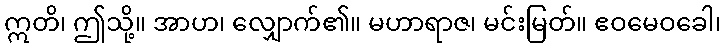
ဣတိ၊ ဤသို့။ အာဟ၊ လျှောက်၏။ မဟာရာဇ၊ မင်းမြတ်။ ဧဝမေဝခေါ၊